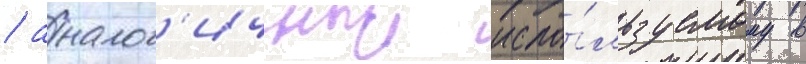
/ аналог'ичныи испо́льзуемому в